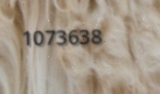
1073638